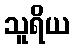
သူရိယ